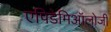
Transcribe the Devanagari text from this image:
एपिडेमिऑलोजी